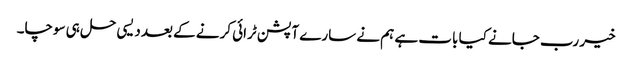
خیر رب جانے کیا بات ہے ہم نے سارے آپشن ٹرائی کرنے کے بعد دیسی حل ہی سوچا۔